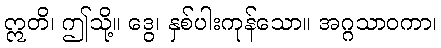
ဣတိ၊ ဤသို့။ ဒွေ၊ နှစ်ပါးကုန်သော။ အဂ္ဂသာဝကာ၊